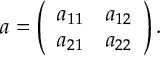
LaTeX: a = \left( \begin{array} { c c } { { a _ { 1 1 } } } & { { a _ { 1 2 } } } \\ { { a _ { 2 1 } } } & { { a _ { 2 2 } } } \end{array} \right) .